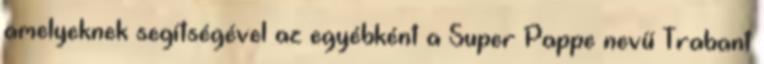
amelyeknek segítségével az egyébként a Super Pappe nevű Trabant